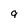
Character: 9